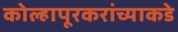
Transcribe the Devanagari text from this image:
कोल्हापूरकरांच्याकडे